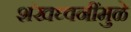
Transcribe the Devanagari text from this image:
शंखध्वनींमुळे